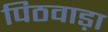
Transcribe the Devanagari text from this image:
पिठवाड़ा